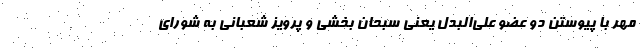
مهر با پیوستن دو عضو علی‌البدل یعنی سبحان بخشی و پرویز شعبانی به شورای